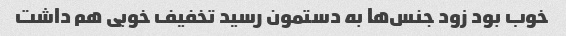
خوب بود زود جنس‌ها به دستمون رسید تخفیف خوبی هم داشت